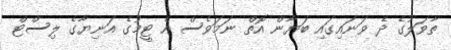
ތާވަލުގެ ދެ ވަނައިގައި ބަޔާން އޮތް ނަމަވެސް އެ ޓީމުގެ އަނިޔާގެ ލިސްޓް